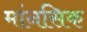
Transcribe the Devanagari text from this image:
मांनसिक